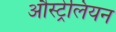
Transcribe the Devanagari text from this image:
औस्ट्रेलियन